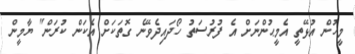
މީހުން އުޅޭތީ އެމީޙުންނަށް އެ ފުރުސަތު ހޯދައިދެވޭނެ ގޮތަކަށް އެކަން ކުރަން" ޔާމީން